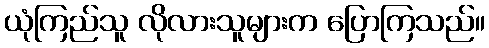
ယုံကြည်သူ လိုလားသူများက ပြောကြသည်။